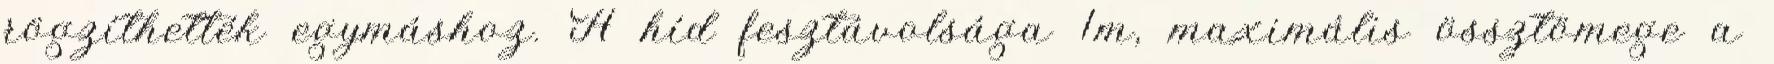
rögzíthették egymáshoz. A híd fesztávolsága 1m, maximális össztömege a